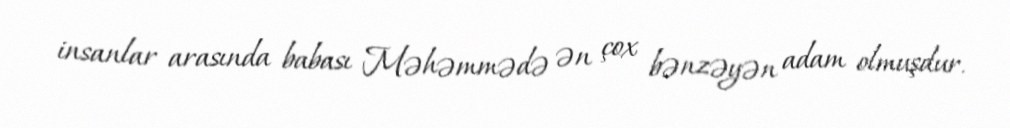
insanlar arasında babası Məhəmmədə ən çox bənzəyən adam olmuşdur.